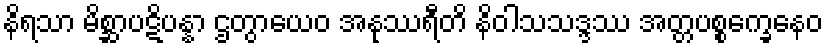
နိရသာ မိစ္ဆာပဋိပန္နာ ဌတွာယေဝ အနုဿရီတိ နိဝါသသဒ္ဒဿ အတ္တပစ္စက္ခေနေဝ